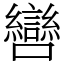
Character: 㘘